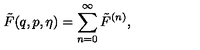
\tilde { F } ( q , p , \eta ) = \sum _ { n = 0 } ^ { \infty } \tilde { F } ^ { ( n ) } ,